Scientific memoirs by medical officers of the Army of India - Part VII,
Year: 1892
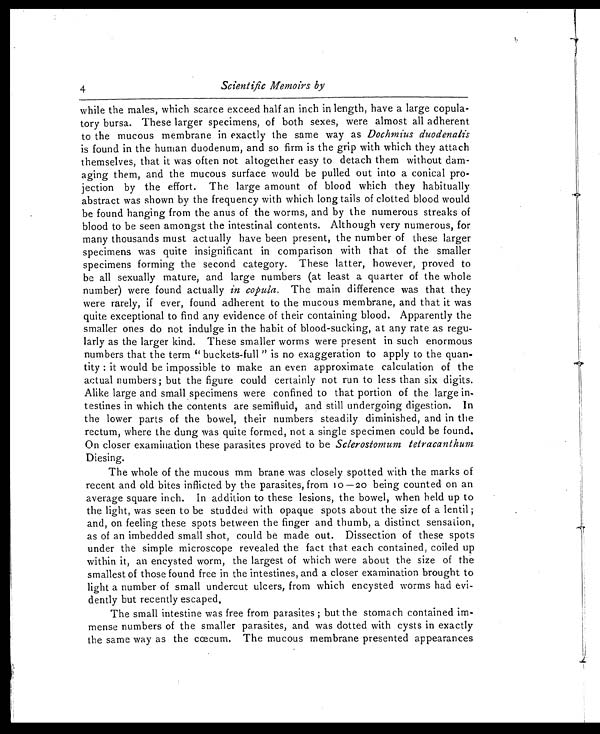
4
Scientific Memoirs by
while the males, which scarce exceed half an inch in length, have a large copula-
tory bursa. These larger specimens, of both sexes, were almost all adherent
to the mucous membrane in exactly the same way as Dochmius duodenalis
is found in the human duodenum, and so firm is the grip with which they attach
themselves, that it was often not altogether easy to detach them without dam-
aging them, and the mucous surface would be pulled out into a conical pro-
jection by the effort. The large amount of blood which they habitually
abstract was shown by the frequency with which long tails of clotted blood would
be found hanging from the anus of the worms, and by the numerous streaks of
blood to be seen amongst the intestinal contents. Although very numerous, for
many thousands must actually have been present, the number of these larger
specimens was quite insignificant in comparison with that of the smaller
specimens forming the second category. These latter, however, proved to
be all sexually mature, and large numbers (at least a quarter of the whole
number) were found actually in copula . The main difference was that they
were rarely, if ever, found adherent to the mucous membrane, and that it was
quite exceptional to find any evidence of their containing blood. Apparently the
smaller ones do not indulge in the habit of blood-sucking, at any rate as regu-
larly as the larger kind. These smaller worms were present in such enormous
numbers that the term " buckets-full " is no exaggeration to apply to the quan-
tity :it would be impossible to make an even approximate calculation of the
actual numbers; but the figure could certainly not run to less than six digits.
Alike large and small specimens were confined to that portion of the large in-
testines in which the contents are semifluid, and still undergoing digestion. In
the lower parts of the bowel, their numbers steadily diminished, and in the
rectum, where the dung was quite formed, not a single specimen could be found.
On closer examination these parasites proved to be Sclerostomum tetracanthum
Diesing.
The whole of the mucous mm brane was closely spotted with the marks of
recent and old bites inflicted by the parasites, from 10-20 being counted on an
average square inch. In addition to these lesions, the bowel, when held up to
the light, was seen to be studded with opaque spots about the size of a lentil ;
and, on feeling these spots between the finger and thumb, a distinct sensation,
as of an imbedded small shot, could be made out. Dissection of these spots
under the simple microscope revealed the fact that each contained, coiled up
within it, an encysted worm, the largest of which were about the size of the
smallest of those found free in the intestines, and a closer examination brought to
light a number of small undercut ulcers, from which encysted worms had evi-
dently but recently escaped,
The small intestine was free from parasites ; but the stomach contained im-
mense numbers of the smaller parasites, and was dotted with cysts in exactly
the same way as the ccecum. The mucous membrane presented appearances